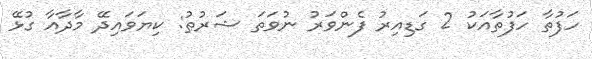
ހަފުތާ ހަފުތާއަކު 2 ގަޑިއިރު ފެންވަރު ނުވަތަ ޝަރުޠު: ކިޔަވައިދޭ މާދާއާ ގުޅޭ